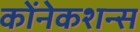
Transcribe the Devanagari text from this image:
कोंनेकशन्स